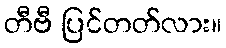
တီဗီ ပြင်တတ်လား။